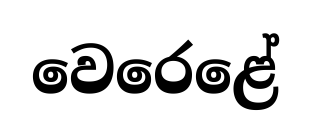
වෙරෙළේ